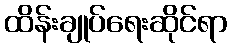
ထိန်းချုပ်ရေးဆိုင်ရာ